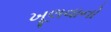
ખૂલવાનો